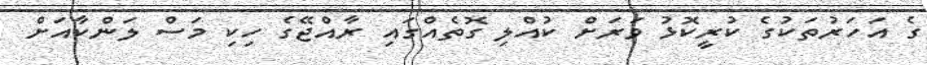
ގެ އަހަރުތަކުގެ ކުރީކޮޅު ވަރަށް ކުއްލި ގޮތެއްގައި ރާއްޖޭގެ ހިކި މަސް ލަންކާއަށް